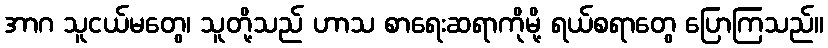
အာဂ သူငယ်မတွေ၊ သူတို့သည် ဟာသ စာရေးဆရာကိုမို့ ရယ်စရာတွေ ပြောကြသည်။